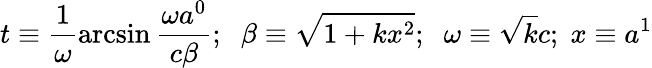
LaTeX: t\equiv\frac{1}{\omega}\arcsin\frac{\omega a^{0}}{c\beta};\; \; \beta\equiv\sqrt{1+kx^{2}};\; \; \omega\equiv\sqrt{k}c;\; x\equiv a^{1}